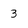
Character: 3